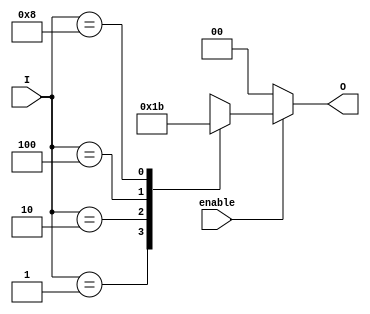
module encoder_1_of_N (
    input wire enable,         // Enable signal
    input wire [3:0] I,       // 4 input lines
    output reg [1:0] O        // 2-bit output encoding
);

// Always block to handle combinational logic
always @(*) begin
    if (!enable) begin
        O = 2'b00; // When not enabled, output is 00
    end else begin
        case (I)
            4'b0001: O = 2'b00; // I[0] is high
            4'b0010: O = 2'b01; // I[1] is high
            4'b0100: O = 2'b10; // I[2] is high
            4'b1000: O = 2'b11; // I[3] is high
            default: O = 2'bxx;  // Invalid state (more than one input high)
        endcase
    end
end

endmodule